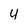
Character: 4